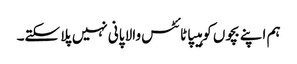
ہم اپنے بچوں کو ہیپاٹائٹس والا پانی نہیں پلا سکتے۔